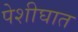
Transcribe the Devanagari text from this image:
पेशीघात